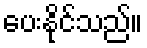
ပေးနိုင်သည်။